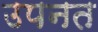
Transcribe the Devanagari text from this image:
उपनत